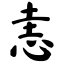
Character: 恚